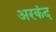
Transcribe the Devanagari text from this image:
अरकंद